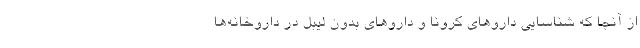
از آنجا که شناسایی داروهای کرونا و داروهای بدون لیبل در داروخانه‌ها